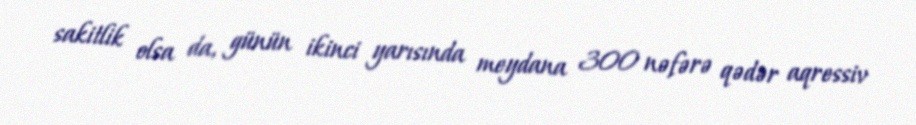
sakitlik olsa da, günün ikinci yarısında meydana 300 nəfərə qədər aqressiv